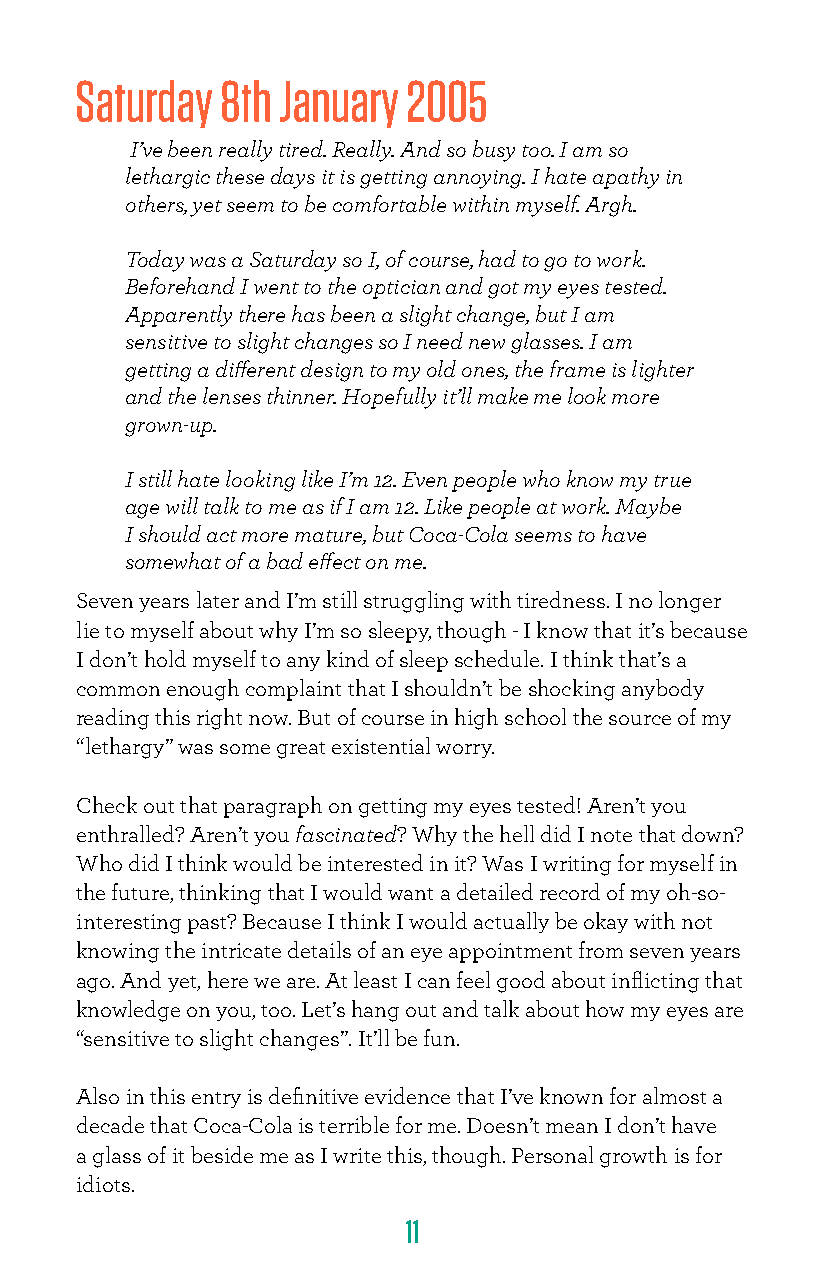
Saturday  8th January 2005
 I’ve been really tired. Really. And so busy too. I am so
 lethargic these days it is getting annoying. I hate apathy in
 others, yet seem to be comfortable within myself. Argh.
 Today was a Saturday so I, of course, had to go to work.
 Beforehand I went to the optician and got my eyes tested.
 Apparently there has been a slight change, but I am
 sensitive to slight changes so I need new glasses. I am
 getting a different design to my old ones, the frame is lighter
 and the lenses thinner. Hopefully it’ll make me look more
 grown-up.
 I still hate looking like I’m 12. Even people who know my true
 age will talk to me as if I am 12. Like people at work. Maybe
 I should act more mature, but Coca-Cola seems to have
 somewhat of a bad effect on me.
 Seven years later and I’m still struggling with tiredness. I no longer
 lie to myself about why I’m so sleepy, though - I know that it’s because
 I don’t hold myself to any kind of sleep schedule. I think that’s a
 common enough complaint that I shouldn’t be shocking anybody
 reading this right now. But of course in high school the source of my
 “lethargy” was some great existential worry.
 Check out that paragraph on getting my eyes tested! Aren’t you
 enthralled? Aren’t you fascinated? Why the hell did I note that down?
 Who did I think would be interested in it? Was I writing for myself in
 the future, thinking that I would want a detailed record of my oh-so-
 interesting past? Because I think I would actually be okay with not
 knowing the intricate details of an eye appointment from seven years
 ago. And yet, here we are. At least I can feel good about inflicting that
 knowledge on you, too. Let’s hang out and talk about how my eyes are
 “sensitive to slight changes”. It’ll be fun.
 Also in this entry is definitive evidence that I’ve known for almost a
 decade that Coca-Cola is terrible for me. Doesn’t mean I don’t have
 a glass of it beside me as I write this, though. Personal growth is for
 idiots.
 11